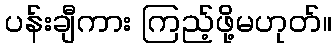
ပန်းချီကား ကြည့်ဖို့မဟုတ်။